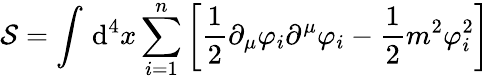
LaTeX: {\mathcal{S}}=\int\, \mathrm{d}^{4}x\sum_{i=1}^{n}\left[{\frac{1}{2}}\partial_{\mu}\varphi_{i}\partial^{\mu}\varphi_{i}-{\frac{1}{2}}m^{2}\varphi_{i}^{2}\right]